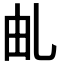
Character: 𠃦